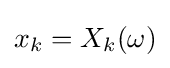
x_{k}=X_{k}(\omega )